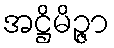
အဋ္ဌိမိဉ္ဇာ